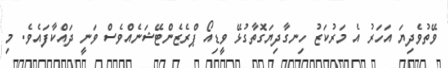
ވޭތުވެދިޔަ އަހަރު އެ މަރުކަޒު ހިނގާދިޔަގޮތާގުޅޭ ވީޑިއޯ ޕްރެޒެންޓޭޝަނެއްވެސް ވަނީ ދައްކާފައެވެ. މި